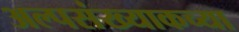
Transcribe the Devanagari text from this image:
अल्पसंख्याकच्या